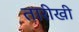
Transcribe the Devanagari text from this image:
तारीखी